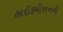
હાઈકમીશનની